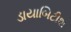
ડાયાબિટીશ